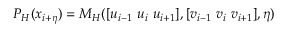
P _ { H } ( x _ { i + \eta } ) = M _ { H } ( [ u _ { i - 1 } ~ u _ { i } ~ u _ { i + 1 } ] , [ v _ { i - 1 } ~ v _ { i } ~ v _ { i + 1 } ] , \eta )